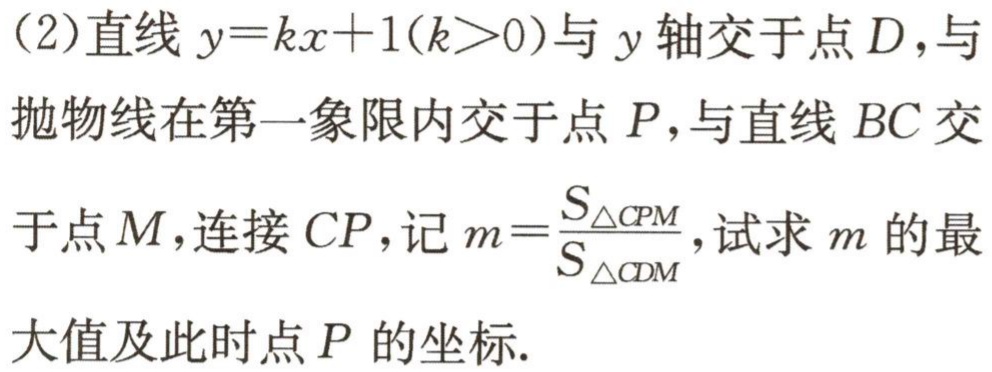
（2）直线 \(y = kx + 1(k>0)\) 与 \(y\) 轴交于点 \(D\)，与抛物线在第一象限内交于点 \(P\)，与直线 \(BC\) 交于点 \(M\)，连接 \(CP\)，记 \(m=\frac{S_{\triangle CPM}}{S_{\triangle CDM}}\)，试求 \(m\) 的最大值及此时点 \(P\) 的坐标.